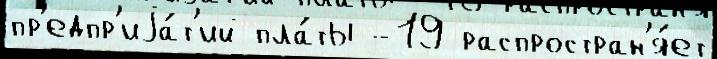
пр'едпр'иjа́т'ий пла́ты -19 распростран'я́ет